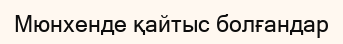
Мюнхенде қайтыс болғандар